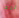
الرد